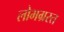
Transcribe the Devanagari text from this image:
लोभग्रस्त